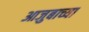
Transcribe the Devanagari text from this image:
आजुबाच्या